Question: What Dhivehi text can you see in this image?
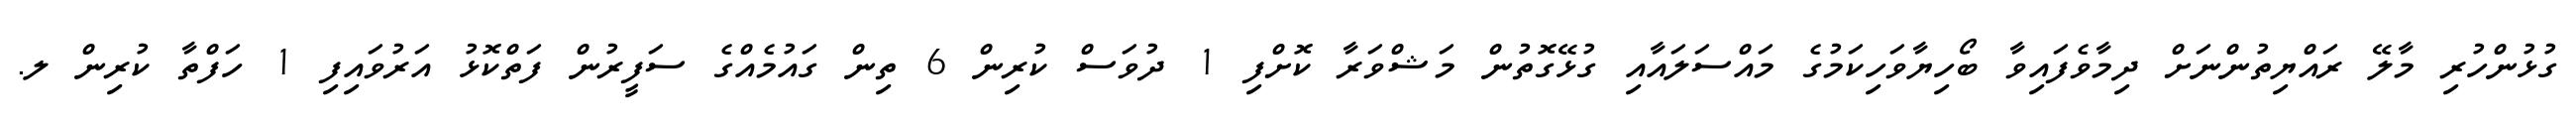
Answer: ގުޅުންހުރި މާލޭ ރައްޔިތުންނަށް ދިމާވެފައިވާ ބޯހިޔާވަހިކަމުގެ މައްސަލައާއި ގުޅޭގޮތުން މަޝްވަރާ ކޮށްފި 1 ދުވަސް ކުރިން 6 ތިން ގައުމެއްގެ ސަފީރުން ފަތްކޮޅު އަރުވައިފި 1 ހަފްތާ ކުރިން ލ.